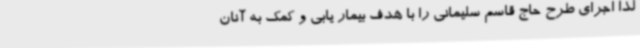
لذا اجرای طرح حاج قاسم سلیمانی را با هدف بیمار یابی و کمک به آنان